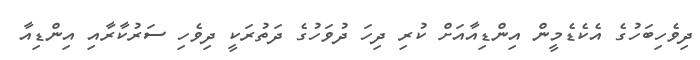
ދިވެހިބަހުގެ އެކެޑެމީން އިންޑިއާއަށް ކުރި ދިހަ ދުވަހުގެ ދަތުރަކީ ދިވެހި ސަރުކާރާއި އިންޑިއާ